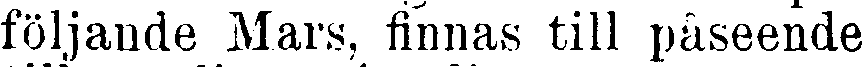
följande Mars, finnas till påseende